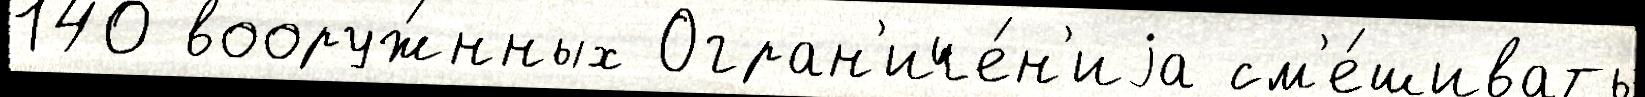
140 вооруж́нных Огран'иче́н'иjа см'е́шивать